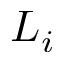
L _ { i }